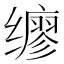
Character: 𫟇